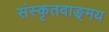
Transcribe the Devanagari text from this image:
संस्कृतवाङ्‌मय